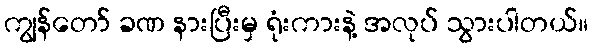
ကျွန်တော် ခဏ နားပြီးမှ ရုံးကားနဲ့ အလုပ် သွားပါတယ်။